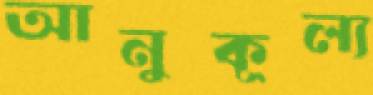
আনুকূল্য